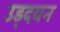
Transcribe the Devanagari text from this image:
उड्दयन